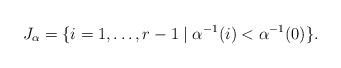
LaTeX: \begin{align*} J_\alpha = \{ i = 1, \dotsc, r-1 \mid \alpha^{-1} (i) < \alpha^{-1} (0) \}. \end{align*}